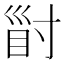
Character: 𡬲